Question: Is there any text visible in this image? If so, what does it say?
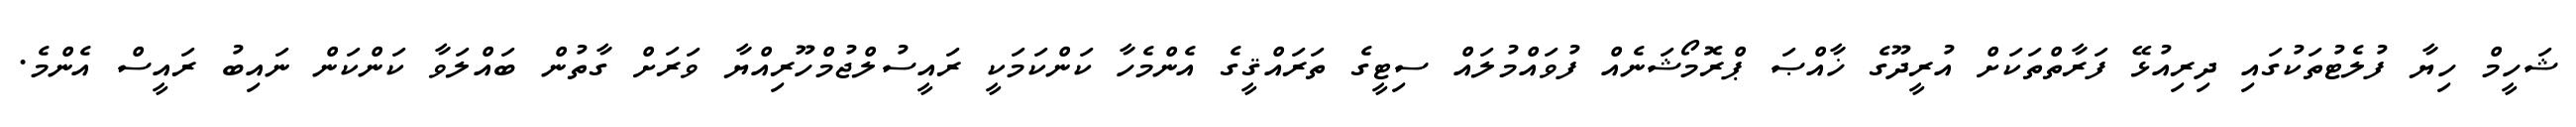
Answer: ޝަހީމް ހިޔާ ފުލެޓުތަކުގައި ދިރިއުޅޭ ފަރާތްތަކަށް އުރީދޫގެ ޚާއްޞަ ޕްރޮމޯޝަނެއް ފުވައްމުލައް ސިޓީގެ ތަރައްޤީގެ އެންމެހާ ކަންކަމަކީ ރައީސުލްޖުމްހޫރިއްޔާ ވަރަށް ގާތުން ބައްލަވާ ކަންކަން ނައިބު ރައީސް އެންމެ.